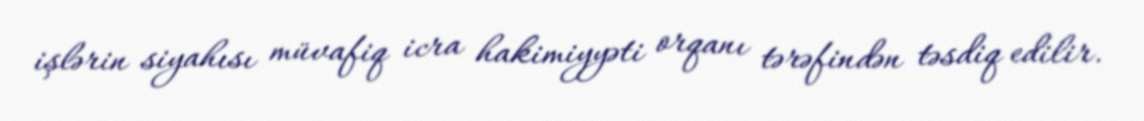
işlərin siyahısı müvafiq icra hakimiyyəti orqanı tərəfindən təsdiq edilir.